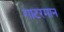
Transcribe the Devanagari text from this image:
गाटरमान